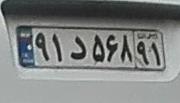
۹۱د۵۶۸۹۱